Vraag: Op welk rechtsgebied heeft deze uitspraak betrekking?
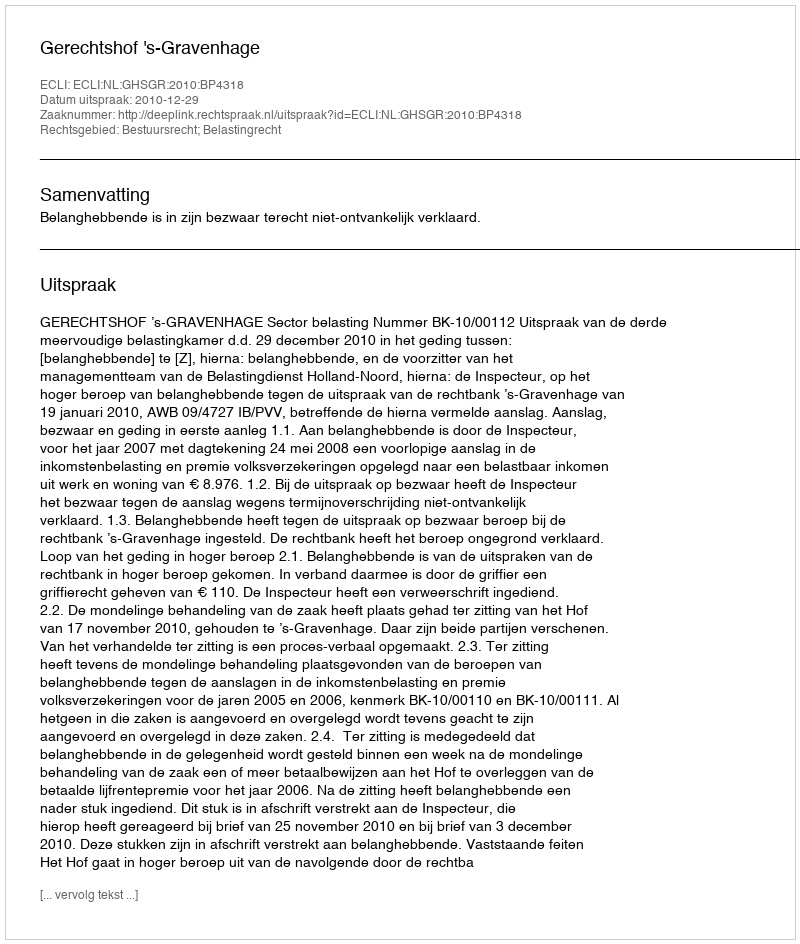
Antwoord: Bestuursrecht; Belastingrecht